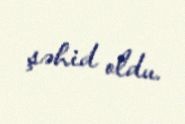
şəhid oldu.